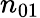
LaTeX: n_{01}